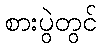
စားပွဲတွင်